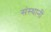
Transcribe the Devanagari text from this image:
संस्थानीं